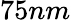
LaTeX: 75nm